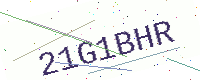
Text: 21G1BHR